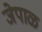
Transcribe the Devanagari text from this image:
जेपाळ